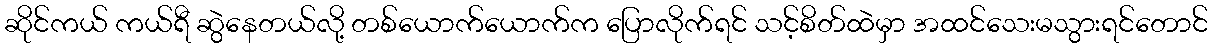
ဆိုင်ကယ် ကယ်ရီ ဆွဲနေတယ်လို့ တစ်ယောက်ယောက်က ပြောလိုက်ရင် သင့်စိတ်ထဲမှာ အထင်သေးမသွားရင်တောင်